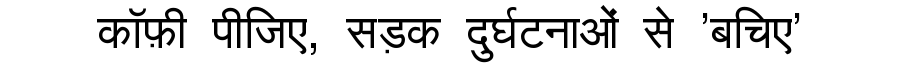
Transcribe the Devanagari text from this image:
कॉफ़ी पीजिए, सड़क दुर्घटनाओं से 'बचिए'